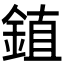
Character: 𫒦